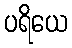
ပရိယေ